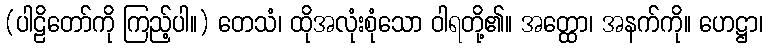
(ပါဠိတော်ကို ကြည့်ပါ။) တေသံ၊ ထိုအလုံးစုံသော ဝါရတို့၏။ အတ္ထော၊ အနက်ကို။ ဟေဋ္ဌာ၊